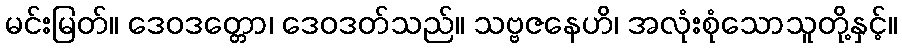
မင်းမြတ်။ ဒေဝဒတ္တော၊ ဒေဝဒတ်သည်။ သဗ္ဗဇနေဟိ၊ အလုံးစုံသောသူတို့နှင့်။